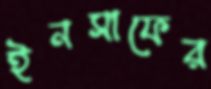
ইনসাফের